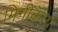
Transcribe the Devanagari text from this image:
मिनीकॅाय